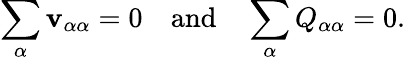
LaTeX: \sum_{\alpha}\mathbf{v}_{\alpha\alpha}=0\quad{\mathrm{{and}}}\quad\sum_{\alpha}Q_{\alpha\alpha}=0.